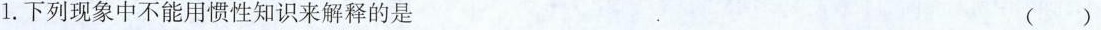
1. 下列现象中不能用惯性知识来解释的是 ()